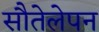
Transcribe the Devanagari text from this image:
सौतेलेपन